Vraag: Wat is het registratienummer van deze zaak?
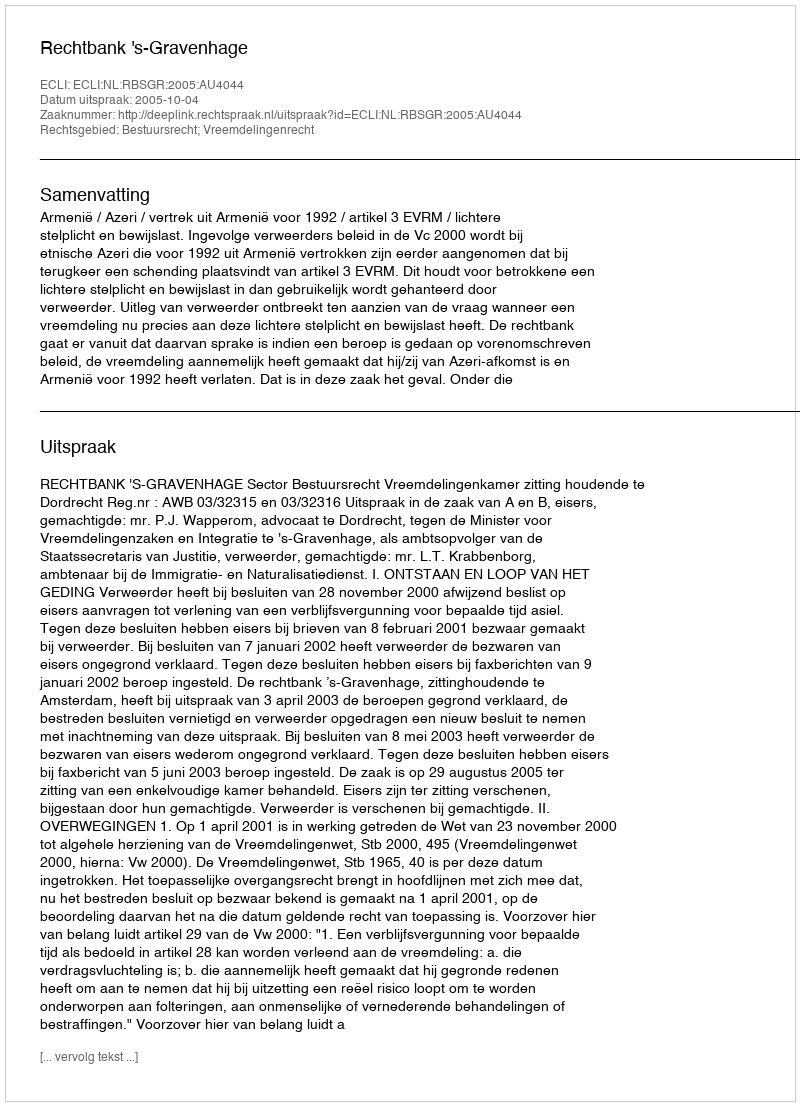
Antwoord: http://deeplink.rechtspraak.nl/uitspraak?id=ECLI:NL:RBSGR:2005:AU4044